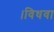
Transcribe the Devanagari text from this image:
।विधवा